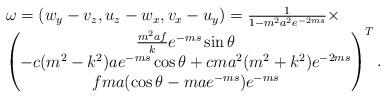
LaTeX: \begin{align*} \begin{array}{l} \omega=(w_y-v_z,u_z-w_x,v_x-u_y)=\frac{1}{1-m^2a^2e^{-2ms}}\times\\ \begin{pmatrix} \frac{m^2af}{k}e^{-ms}\sin\theta\\ -c(m^2-k^2)ae^{-ms}\cos\theta+cma^2(m^2+k^2)e^{-2ms}\\ fma(\cos\theta-mae^{-ms})e^{-ms} \end{pmatrix}^{T}. \end{array} \end{align*}